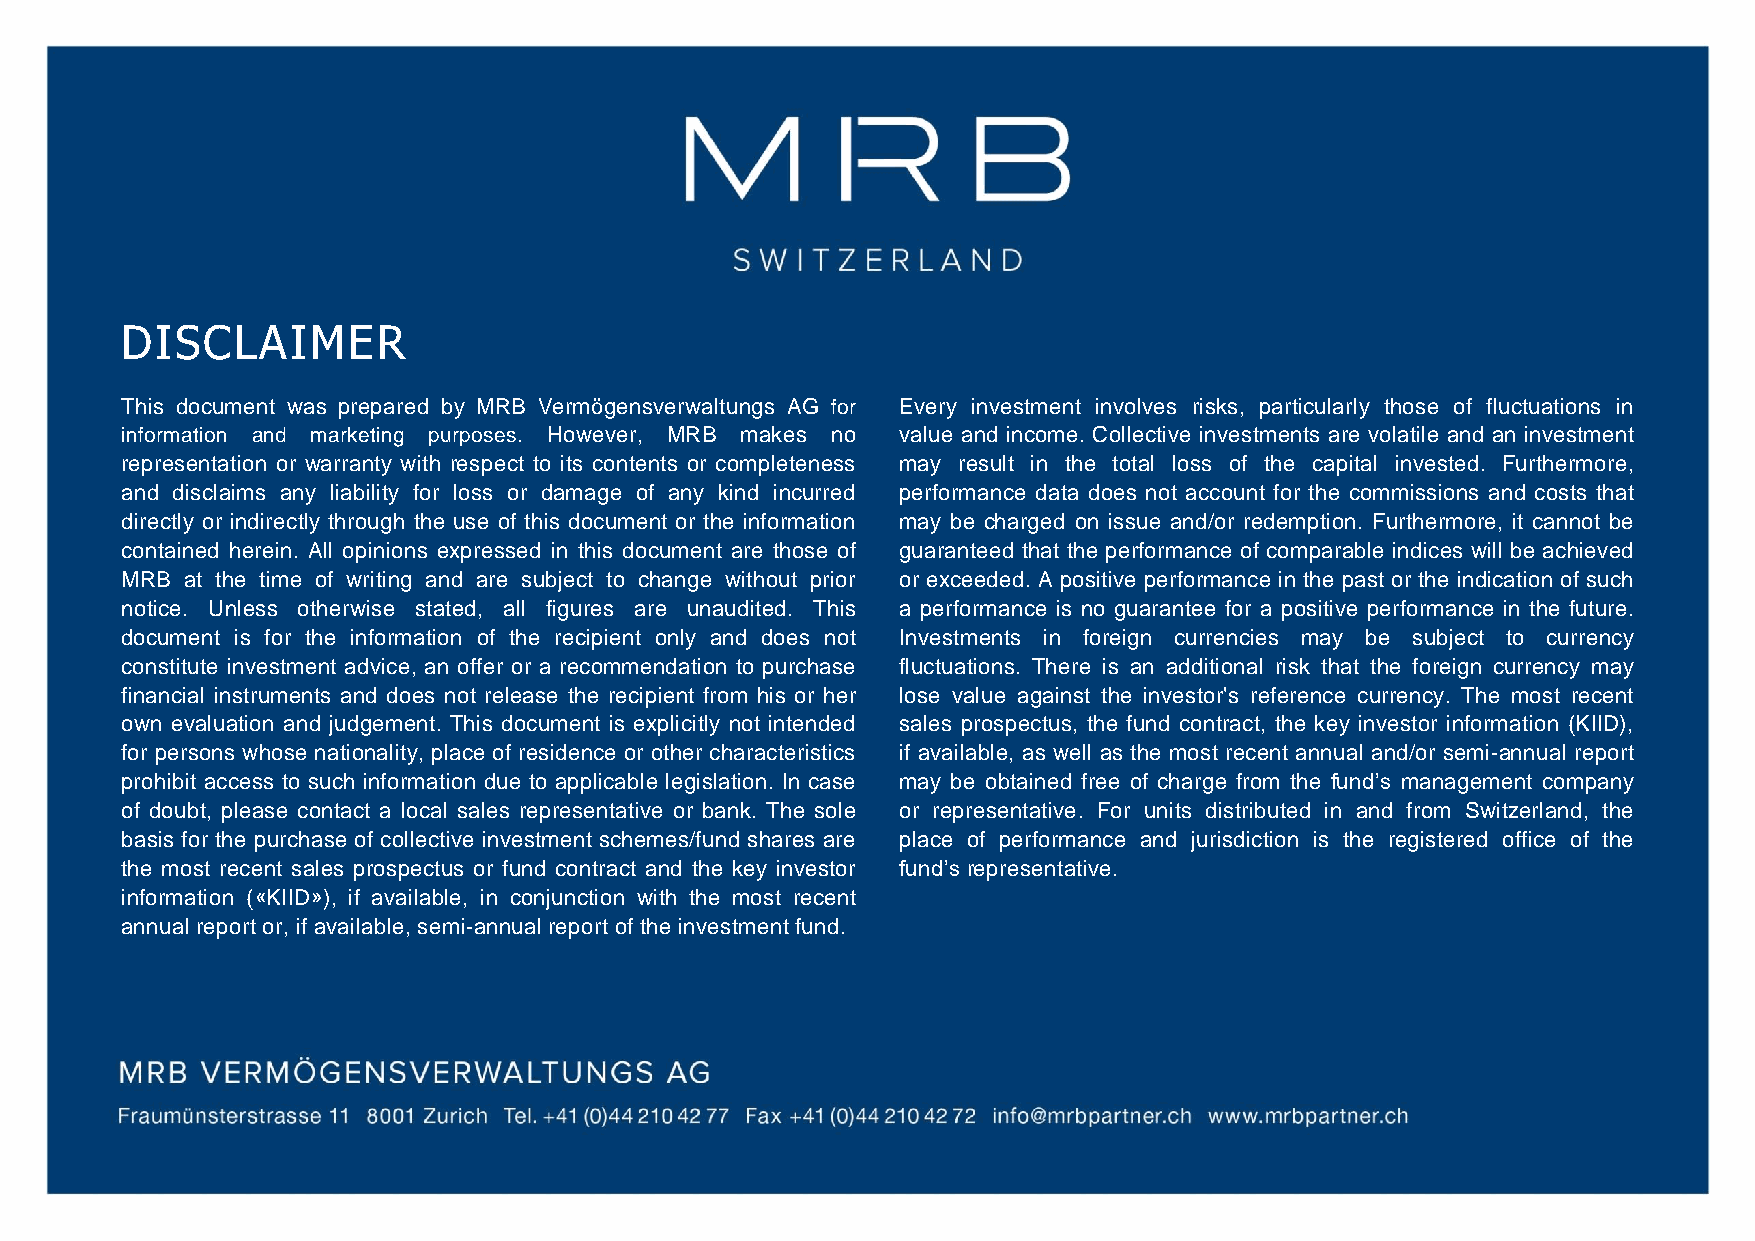
DISCLAIMER
 This document was prepared by MRB Vermögensverwaltungs AG for Every investment involves risks, particularly those of fluctuations in
 information and marketing purposes. However, MRB makes no value and income. Collective investments are volatile and an investment
 representation or warranty with respect to its contents or completeness may result in the total loss of the capital invested. Furthermore,
 and disclaims any liability for loss or damage of any kind incurred performance data does not account for the commissions and costs that
 directly or indirectly through the use of this document or the information may be charged on issue and/or redemption. Furthermore, it cannot be
 contained herein. All opinions expressed in this document are those of guaranteed that the performance of comparable indices will be achieved
 MRB at the time of writing and are subject to change without prior or exceeded. A positive performance in the past or the indication of such
 notice. Unless otherwise stated, all figures are unaudited. This a performance is no guarantee for a positive performance in the future.
 document is for the information of the recipient only and does not Investments in foreign currencies may be subject to currency
 constitute investment advice, an offer or a recommendation to purchase fluctuations. There is an additional risk that the foreign currency may
 financial instruments and does not release the recipient from his or her lose value against the investor's reference currency. The most recent
 own evaluation and judgement. This document is explicitly not intended sales prospectus, the fund contract, the key investor information (KIID),
 for persons whose nationality, place of residence or other characteristics if available, as well as the most recent annual and/or semi-annual report
 prohibit access to such information due to applicable legislation. In case may be obtained free of charge from the fund’s management company
 of doubt, please contact a local sales representative or bank. The sole or representative. For units distributed in and from Switzerland, the
 basis for the purchase of collective investment schemes/fund shares are place of performance and jurisdiction is the registered office of the
 the most recent sales prospectus or fund contract and the key investor fund’srepresentative.
 information («KIID»), if available, in conjunction with the most recent
 annual report or, if available, semi-annualreport of the investmentfund.
 MRB  VERMÖGENSVERWALTUNG          AG
 Fraumünsterstrasse 11 8001 Zurich Tel. +41 (0)44 454 25 77 Fax +41 (0)44 210 42 72 info@mrbpartner.ch www.mrbpartner.ch